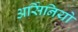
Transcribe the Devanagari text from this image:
अर्सिनियो